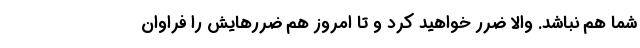
شما هم نباشد. والا ضرر خواهید کرد و تا امروز هم ضررهایش را فراوان